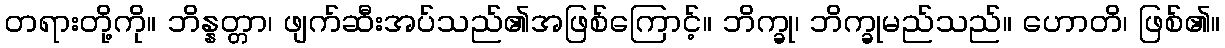
တရားတို့ကို။ ဘိန္နတ္တာ၊ ဖျက်ဆီးအပ်သည်၏အဖြစ်ကြောင့်။ ဘိက္ခု၊ ဘိက္ခုမည်သည်။ ဟောတိ၊ ဖြစ်၏။